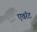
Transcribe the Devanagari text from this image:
एवरॅट